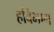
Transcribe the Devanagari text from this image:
हविभाग